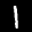
Label: 1